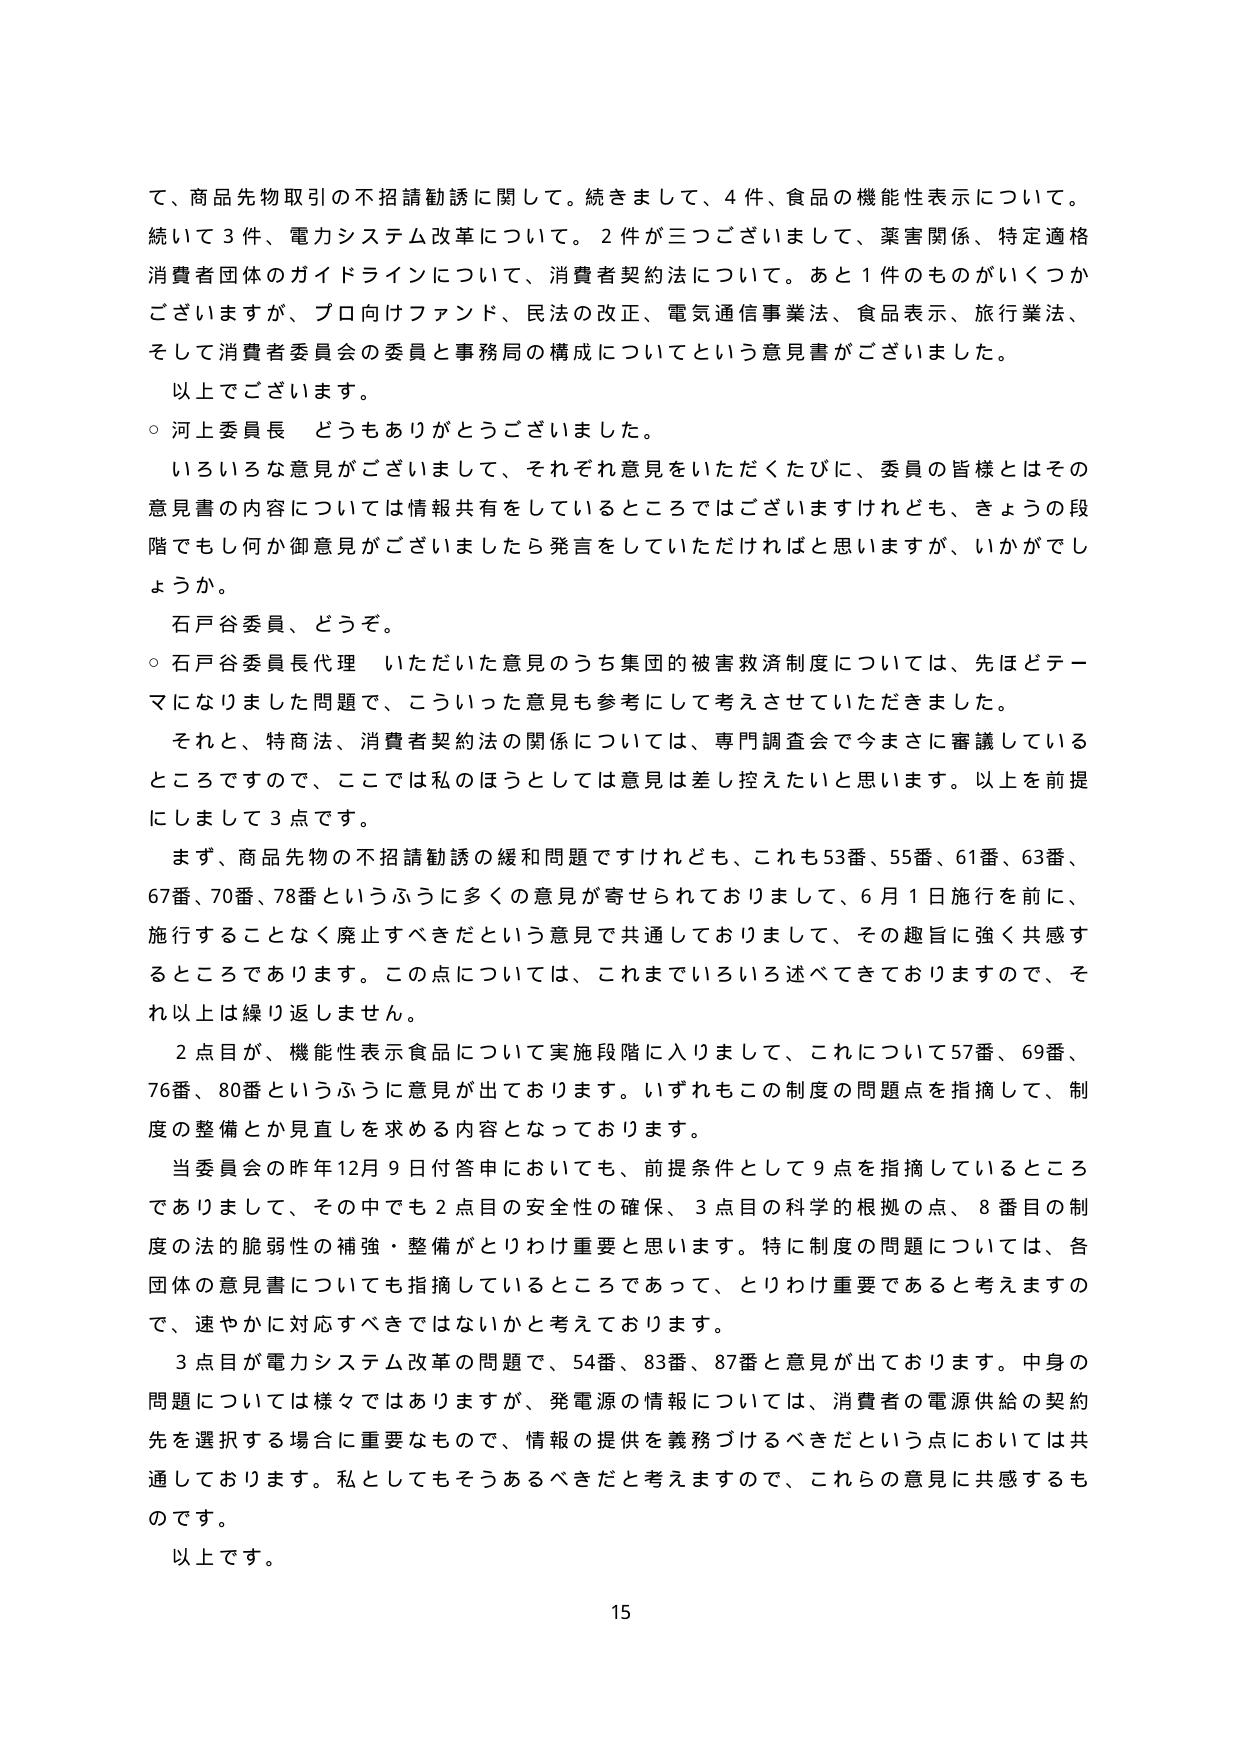
て、商品先物取引の不招請勧誘に関して。続きまして、4件、食品の機能性表示について。
続いて3件、電力システム改革について。2件が三つございまして、薬害関係、特定適格消費者団体のガイドラインについて、消費者契約法について。あと1件のものがいくつかございますが、プロ向けファンド、民法の改正、電気通信事業法、食品表示、旅行業法、そして消費者委員会の委員と事務局の構成についてという意見書がございました。
以上でございます。

○ 河上委員長 どうもありがとうございました。
いろいろな意見がございまして、それぞれ意見をいただいたたびに、委員の皆様とはその意見書の内容については情報共有をしているところではございますけれども、きょうの段階でも何か御意見がございましたら発言をしていただければと思いますが、いかがでしょうか。
石戸谷委員、どうぞ。

○ 石戸谷委員長代理 いただいた意見のうち集団的被害救済制度については、先ほどテーマになりました問題で、こういった意見も参考にして考えさせていただきました。
それと、特商法、消費者契約法の関係については、専門調査会で今まさに審議しているところですので、ここでは私のほうとしては意見は差し控えたいと思います。以上を前提にしまして3点です。

まず、商品先物の不招請勧誘の緩和問題ですけれども、これも53番、55番、61番、63番、67番、70番、78番というふうに多くの意見が寄せられておりまして、6月1日施行を前に、施行することなく廃止すべきだという意見で共通しておりまして、その趣旨に強く共感するところであります。この点については、これまでいろいろ述べてきておりますので、それ以上は繰り返しません。

2点目が、機能性表示食品について実施段階に入りまして、これについて57番、69番、76番、80番というふうに意見が出ております。いずれもこの制度の問題点を指摘して、制度の整備とか見直しを求める内容となっております。

当委員会の昨年12月9日付答申においても、前提条件として9点を指摘しているところでありますし、その中でも2点目の安全性の確保、3点目の科学的根拠の点、8番目の制度の法的脆弱性の補強・整備がとりわけ重要と思います。特に制度の問題については、各団体の意見書についても指摘しているところであって、とりわけ重要であると考えますので、速やかに対応すべきではないかと考えております。

3点目が電力システム改革の問題で、54番、83番、87番と意見が出ております。中身の問題については様々ではありますが、発電源の情報については、消費者の電源供給の契約先を選択する場合に重要なもので、情報の提供を義務づけるべきだという点においては共通しております。私としてもそうあるべきだと考えますので、これらの意見に共感するものです。
以上です。

15